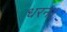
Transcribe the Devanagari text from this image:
धरन।